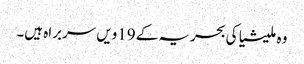
وہ ملیشیا کی بحریہ کے 19ویں سربراہ ہیں۔